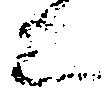
上